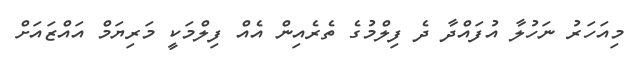
މިއަހަރު ނަހުލާ އުފައްދާ ދެ ފިލްމުގެ ތެރެއިން އެއް ފިލްމަކީ މަރިޔަމް އައްޒައަށް